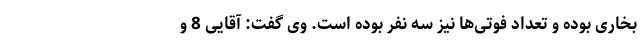
بخاری بوده و تعداد فوتی‌ها نیز سه نفر بوده است. وی گفت: آقایی 8 و